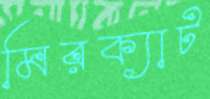
মিরক্যাট